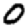
Digit: 0